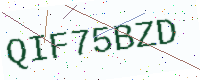
Text: QIF75BZD